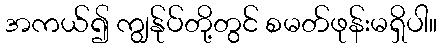
အကယ်၍ ကျွန်ုပ်တို့တွင် စမတ်ဖုန်းမရှိပါ။